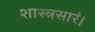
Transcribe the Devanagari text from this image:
शास्त्रसारं।